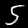
Digit: 5